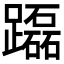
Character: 𨇒